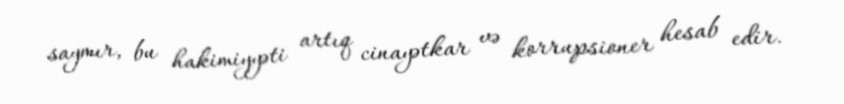
saymır, bu hakimiyyəti artıq cinayətkar və korrupsioner hesab edir.